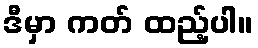
ဒီမှာ ကတ် ထည့်ပါ။